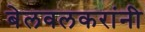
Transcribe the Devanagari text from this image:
बेलवलकरांनी